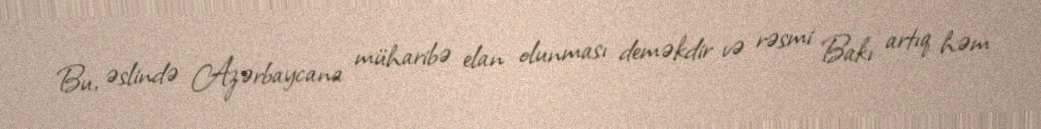
Bu, əslində Azərbaycana müharibə elan olunması deməkdir və rəsmi Bakı artıq həm